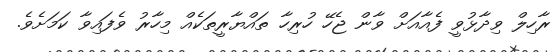
ރާހިލް ވިދާޅުވީ ފެއާއަށް ވާން ޖެހޭ ހުރިހާ ތައްޔާރީތަކެއް މިހާރު ވެފައިވާ ކަމަށެވެ.